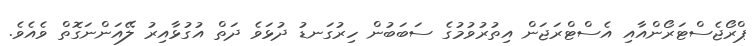
ޕްރޯޖެސްޓަރޯންއާއި އެސްޓްރަޖަން އިތުރުވުމުގެ ސަބަބުން ހިރުގަނޑު ދުޅަވެ ދަތް އުގުޅާއިރު ލޭއަންނަގޮތް ވެއެވެ.